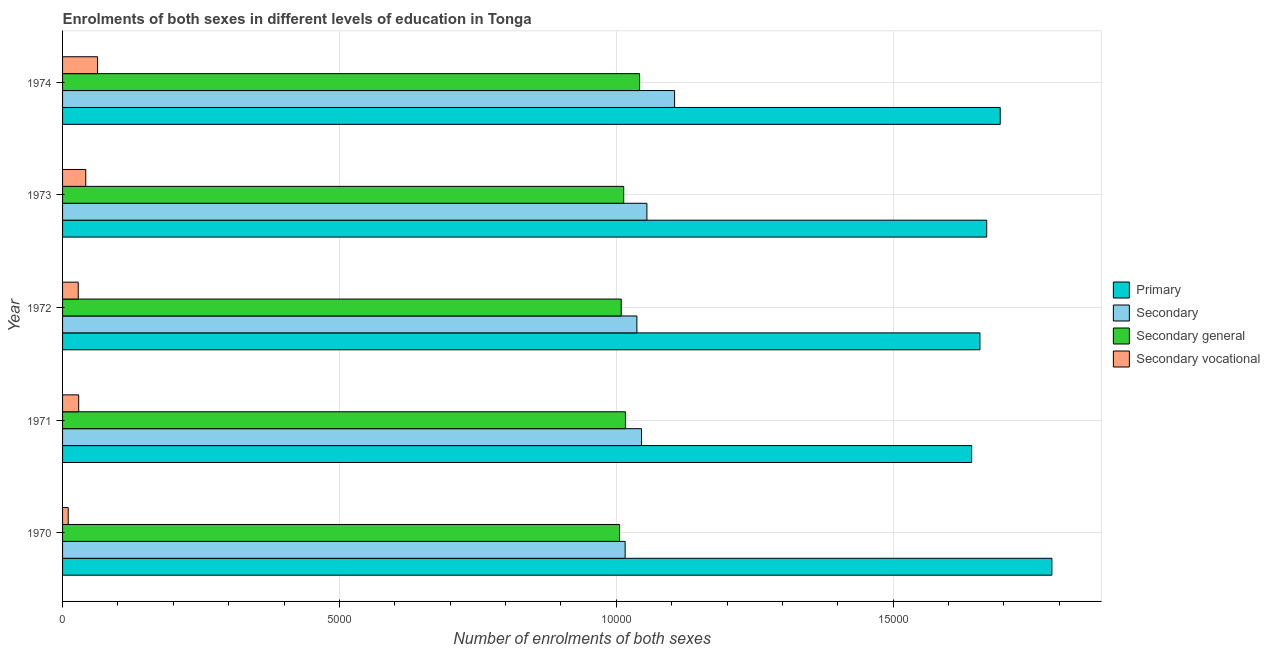
| Year | Primary | Secondary | Secondary general | Secondary vocational |
 | --- | --- | --- | --- | --- |
 | 1970 | 1.79e+04 | 1.02e+04 | 1.01e+04 | 102 |
 | 1971 | 1.64e+04 | 1.05e+04 | 1.02e+04 | 291 |
 | 1972 | 1.66e+04 | 1.04e+04 | 1.01e+04 | 283 |
 | 1973 | 1.67e+04 | 1.06e+04 | 1.01e+04 | 419 |
 | 1974 | 1.69e+04 | 1.11e+04 | 1.04e+04 | 632 |